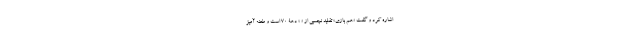
اشاره کرد و گفت «هم بازی» تقلید نچسبی از « » دهۀ 70 است و طعنه آمیز